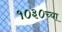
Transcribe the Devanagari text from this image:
१०३०च्या